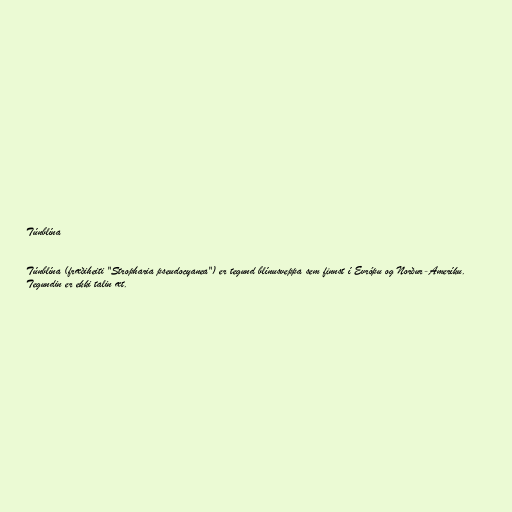
Túnblína

Túnblína (fræðiheiti "Stropharia pseudocyanea") er tegund blínusveppa sem finnst í Evrópu og Norður-Ameríku.
Tegundin er ekki talin æt.